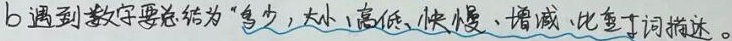
b 遇到数字要总结为“多少、大小、高低、快慢、增减、比重”等词描述。